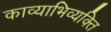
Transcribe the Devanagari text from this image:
काव्याभिव्यक्ति